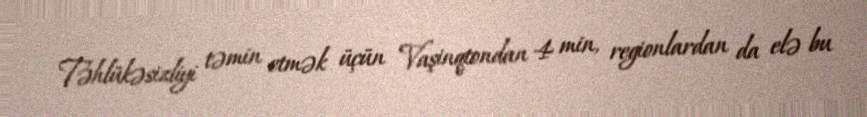
Təhlükəsizliyi təmin etmək üçün Vaşinqtondan 4 min, regionlardan da elə bu